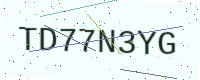
Text: TD77N3YG